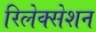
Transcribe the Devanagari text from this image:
रिलेक्सेशन